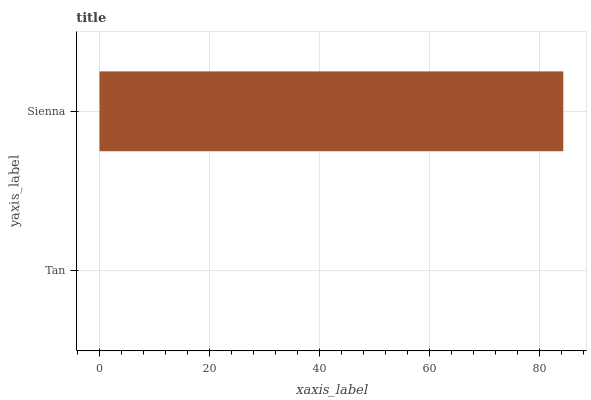
| yaxis_label | bars |
 | --- | --- |
 | Tan | 0 |
 | Sienna | 84.4 |